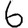
Digit: 6